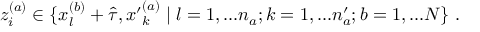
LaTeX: z _ { i } ^ { ( a ) } \in \{ x _ { l } ^ { ( b ) } + \hat { \tau } , { x ^ { \prime } } _ { k } ^ { ( a ) } \; | \; l = 1 , . . . n _ { a } ; k = 1 , . . . n _ { a } ^ { \prime } ; b = 1 , . . . N \} \; .